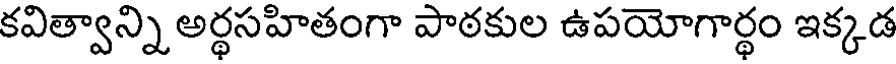
కవిత్వాన్ని అర్థసహితంగా పాఠకుల ఉపయోగార్థం ఇక్కడ